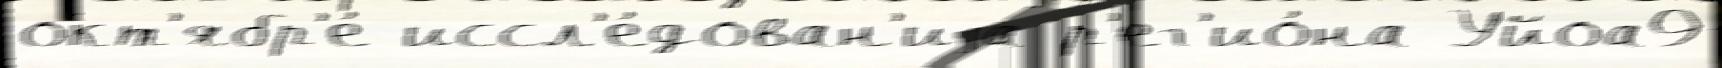
окт'ябр'е́ иссл'е́дован'иjа р'ег'ио́на Уйоа9